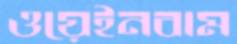
ওয়েইনবাম